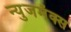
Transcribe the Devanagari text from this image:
न्युजमॅक्स